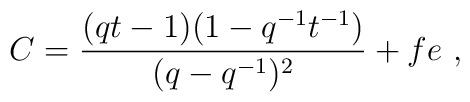
C=\frac{(qt-1)(1-q^{-1}t^{-1})}{(q-q^{-1})^2}+fe~,